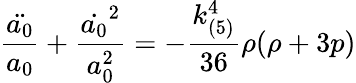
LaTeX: \frac{\ddot{a_{0}}}{a_{0}}+\frac{\dot{a_{0}}^{2}}{a_{0}^{2}}=-\frac{k_{(5)}^{4}}{36}\rho(\rho+3p)